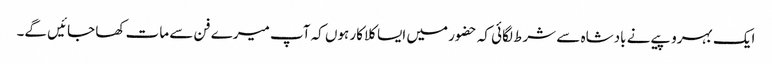
ایک بہروپیے نے بادشاہ سے شرط لگائی کہ حضور میں ایسا کلاکار ہوں کہ آپ میرے فن سے مات کھا جائیں گے۔